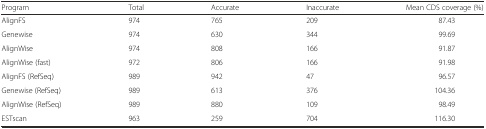
<table><thead><tr><td><b>Program</b></td><td><b>Total</b></td><td><b>Accurate</b></td><td><b>Inaccurate</b></td><td><b>Mean CDS coverage (%)</b></td></tr></thead><tbody><tr><td>AlignFS</td><td>974</td><td>765</td><td>209</td><td>87.43</td></tr><tr><td>Genewise</td><td>974</td><td>630</td><td>344</td><td>99.69</td></tr><tr><td>AlignWise</td><td>974</td><td>808</td><td>166</td><td>91.87</td></tr><tr><td>AlignWise (fast)</td><td>972</td><td>806</td><td>166</td><td>91.98</td></tr><tr><td>AlignFS (RefSeq)</td><td>989</td><td>942</td><td>47</td><td>96.57</td></tr><tr><td>Genewise (RefSeq)</td><td>989</td><td>613</td><td>376</td><td>104.36</td></tr><tr><td>AlignWise (RefSeq)</td><td>989</td><td>880</td><td>109</td><td>98.49</td></tr><tr><td>ESTscan</td><td>963</td><td>259</td><td>704</td><td>116.30</td></tr></tbody></table>